Epidemic dropsy in Calcutta - Number 49
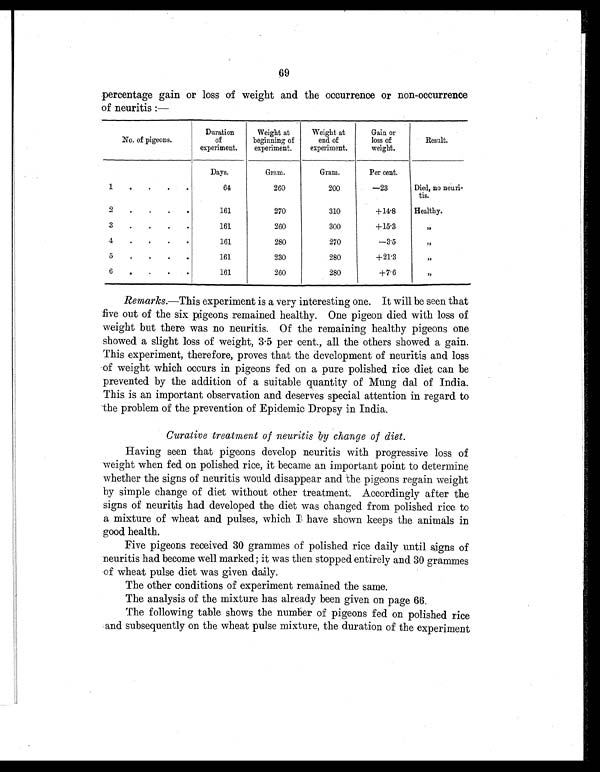
69
percentage gain or loss of weight and the occurrence or non-occurrence
of neuritis :—
No. of pigeons.
Duration
of
experiment.
Weight at
beginning of
experiment.
Weight at
end of
experiment.
Gain or
loss of
weight.
Result.
Days.
Gram.
Gram.
Per cent.
1
. . . .
64
260
200
- 2 3
Died, no neuri
tis.
2 .
.
.
.
161
270
310
+14.8
Healthy.
3
.
.
. .
161
260
300
+15.3
, ,
4
.
.
. .
161
280
270
-3.5
, ,
5
. . . .
161
230
280
+21.3
,,
6
.
.
. .
161
260
280
+7.6
,,
Remarks.—This experiment is a very interesting one. It will be seen that
five out of the six pigeons remained healthy. One pigeon died with loss of
weight but there was no neuritis. Of the remaining healthy pigeons one
showed a slight loss of weight, 3.5 per cent., all the others showed a gain.
This experiment, therefore, proves that the development of neuritis and loss
of weight which occurs in pigeons fed on a pure polished rice diet can be
prevented by the addition of a suitable quantity of Mung dal of India.
This is an important observation and deserves special attention in regard to
the problem of the prevention of Epidemic Dropsy in India.
Curative treatment of neuritis by change of diet.
Having seen that pigeons develop neuritis with progressive loss of
weight when fed on polished rice, it became an important point to determine
whether the signs of neuritis would disappear and the pigeons regain weight
by simple change of diet without other treatment. Accordingly after the
signs of neuritis had developed the diet was changed from polished rice to
a mixture of wheat and pulses, which I have shown keeps the animals in
good health.
Five pigeons received 30 grammes of polished rice daily until signs of
neuritis had become well marked; it was then stopped entirely and 30 grammes
of wheat pulse diet was given daily.
The other conditions of experiment remained the same.
The analysis of the mixture has already been given on page 66.
The following table shows the number of pigeons fed on polished rice
and subsequently on the wheat pulse mixture, the duration of the experiment